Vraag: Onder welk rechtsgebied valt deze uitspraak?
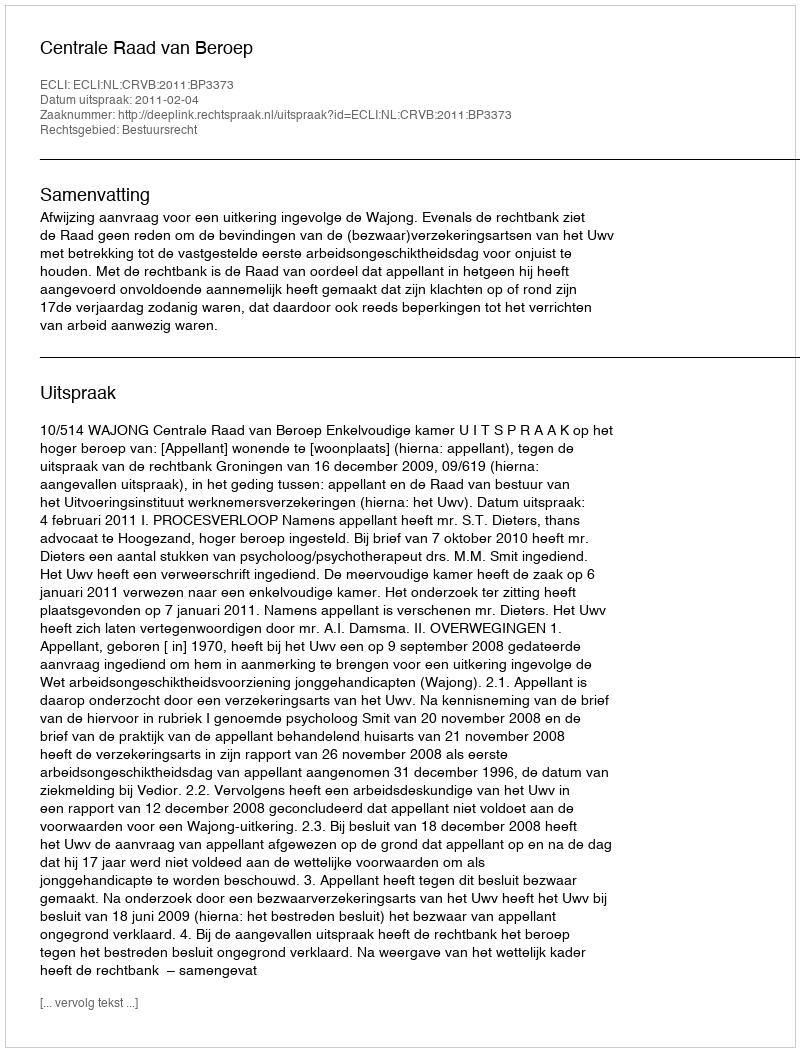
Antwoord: Bestuursrecht